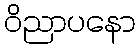
ဝိညာပနော